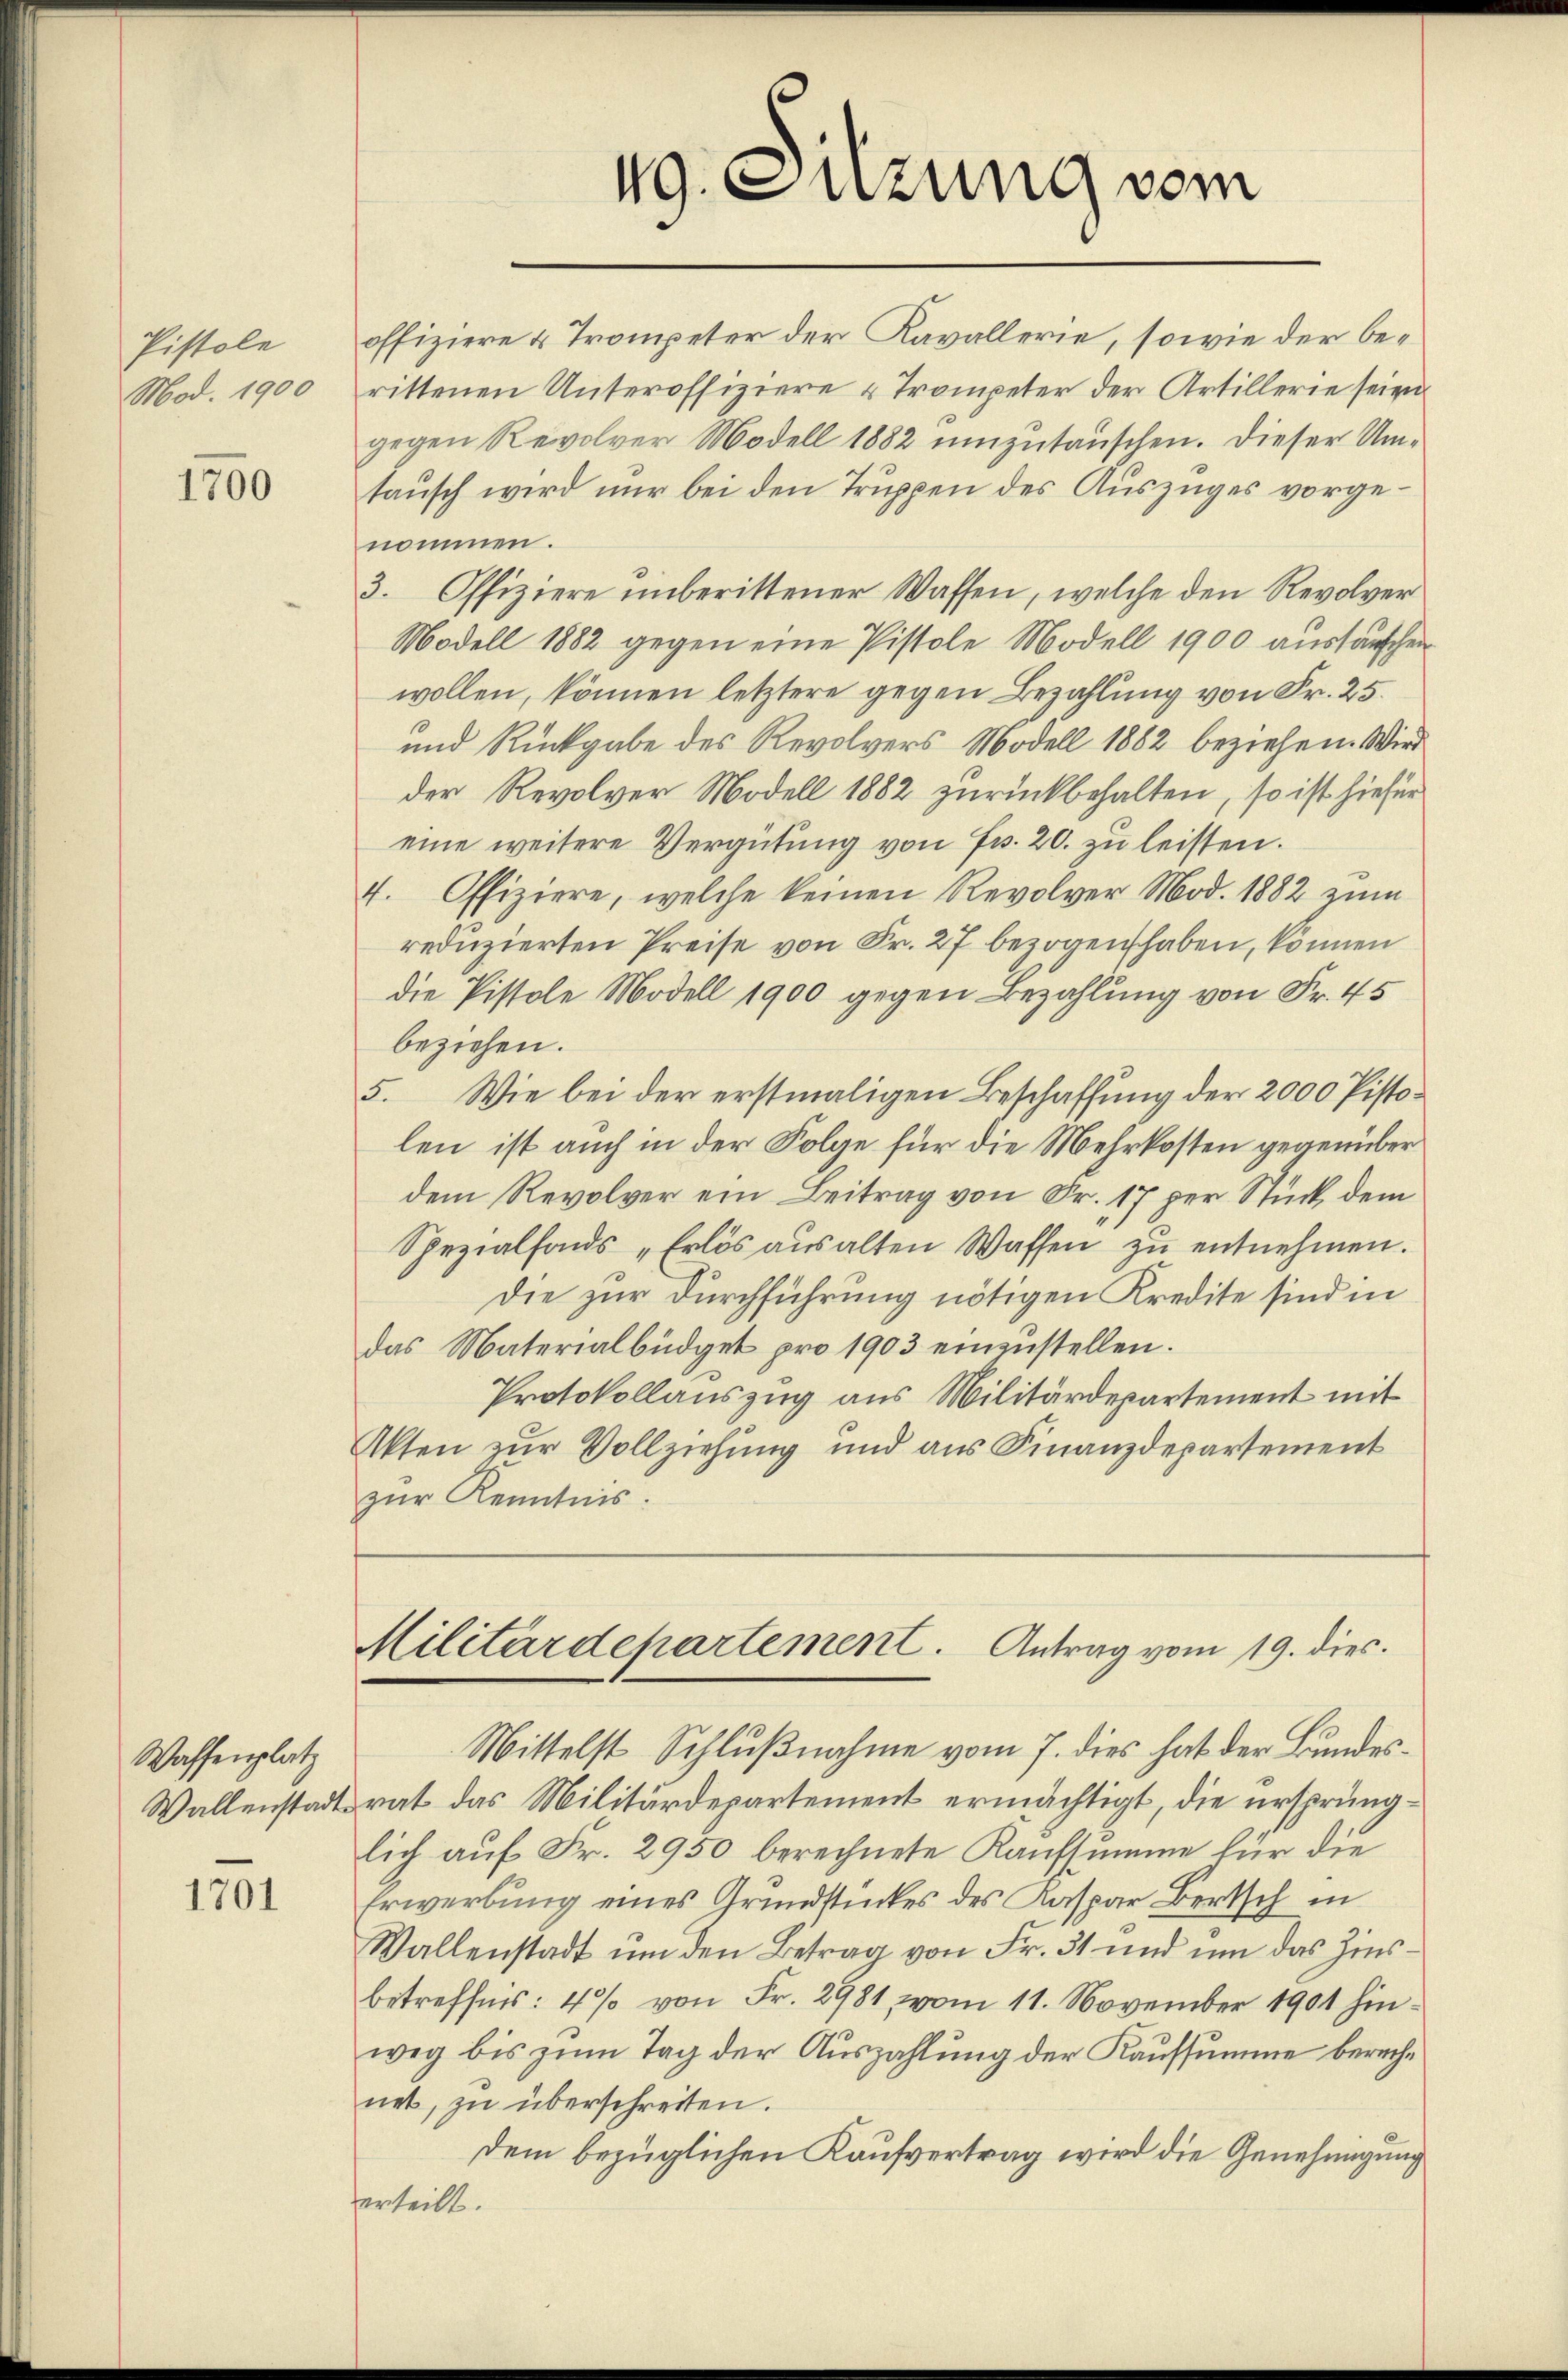
Pistole
Mod. 1900

1700

Waffenplatz

1701

49. Sitzung vom

offiziere 4 Trompeter der Kavallerie, sowie der berittenen Unteroffiziere u Trompeter der Artillerie seien
gegen Revolver Modell 1882 umzutauschen. Dieser Umtausch wird nur bei den Truppen des Auszuges vorgenommen.
3. Offiziere unberittener Wassen, welche den Revolver¬
Modell 1882 gegen eine Pistole Modell 1900 austauschen
wollen, können letztere gegen Bezahlung von Fr. 25.
und Rückgabe des Revolvers Modell 1882 beziehen. Wird
der Revolver Modell 1882 zurückbehalten, so ist hiefür
eine weitere Vergütung von Fr. 20. zu leisten.
4. Offiziere, welche keinen Revolver Mod. 1882 zum
reduzierten Preise von Fr. 27 bezogen haben, können
die Pistole Modell 1900 gegen Bezahlung von Fr. 45
beziehen.
5. Wie bei der erstmaligen Beschaffung der 2000 Pistolen ist auch in der Folge für die Mehrkosten gegenüber
dem Revolver ein Beitrag von Fr. 17 per Stück, dem
Spezialfonds „Erlös aŭs alten Waffen zŭ entnehmen.
die zur Durchführung nötigen Kredite sind in
das Materialbüdget pro 1903 einzustellen.
Protokollauszug aus Militärdepartement mit
Akten zur Vollziehung und aus Finanzdepartement
zur Kenntnis.
Militärdepartement. Antrag vom 19. dies.
Mittelst Schlußnahme vom 7. dies hat der Bundes¬
Wallenstadtrat das Militärdepartement ermächtigt, die ursprünglich auf Fr. 2950 berechnete Kaufsumme für die
Erwerbung eines Grundstückes des Kaspar Bertsch in
Wallenstadt ŭm den Betrag von Fr. 31 und um das Zinsbetreffnis: 4% von Fr. 2981, vom 11. November 1901 hinweg bis zum Tag der Auszahlung der Kaufsumme berechnet, zu überschreiten.
dem bezüglichen Kaufvertrag wird die Genehmigung
erteilt.